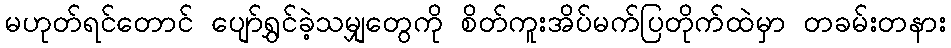
မဟုတ်ရင်တောင် ပျော်ရွှင်ခဲ့သမျှတွေကို စိတ်ကူးအိပ်မက်ပြတိုက်ထဲမှာ တခမ်းတနား